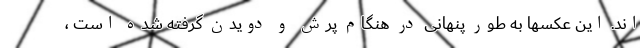
اند. این عکسها به طور پنهانی در هنگام پرش و دویدن گرفته شده است ،